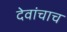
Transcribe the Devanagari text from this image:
देवांचाच